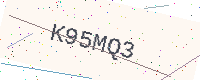
Text: K95MQ3